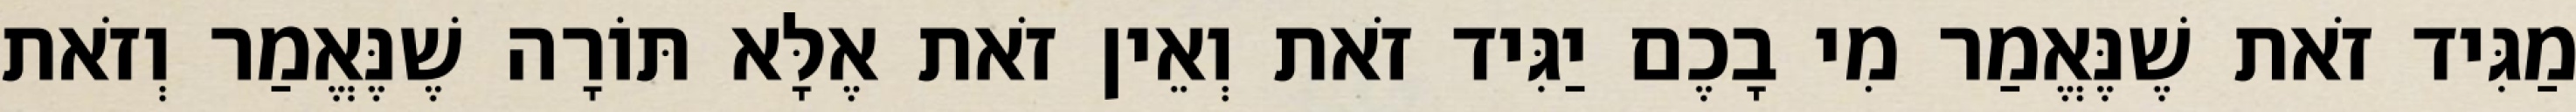
מַגִּיד זֹאת שֶׁנֶּאֱמַר מִי בָכֶם יַגִּיד זֹאת וְאֵין זֹאת אֶלָּא תּוֹרָה שֶׁנֶּאֱמַר וְזֹאת